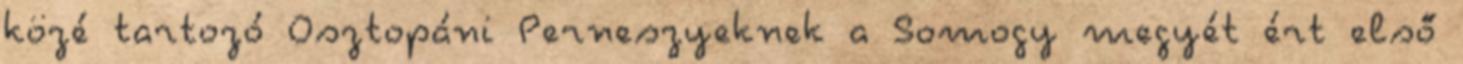
közé tartozó Osztopáni Perneszyeknek a Somogy megyét ért első